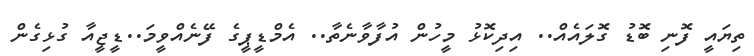
ތިޔައީ ފޮނި ބޮޑު ގޮލައެއް.. އިދިކޮޅު މީހުން އުފާވާނެތާ.. އެމްޑީޕީގެ ފޭނެއްވީމަ..ޑީޖީއާ ގުޅިގެން